Memorandum on the prevention of leprosy by segregation of the affected
Disease focus: Leprosy
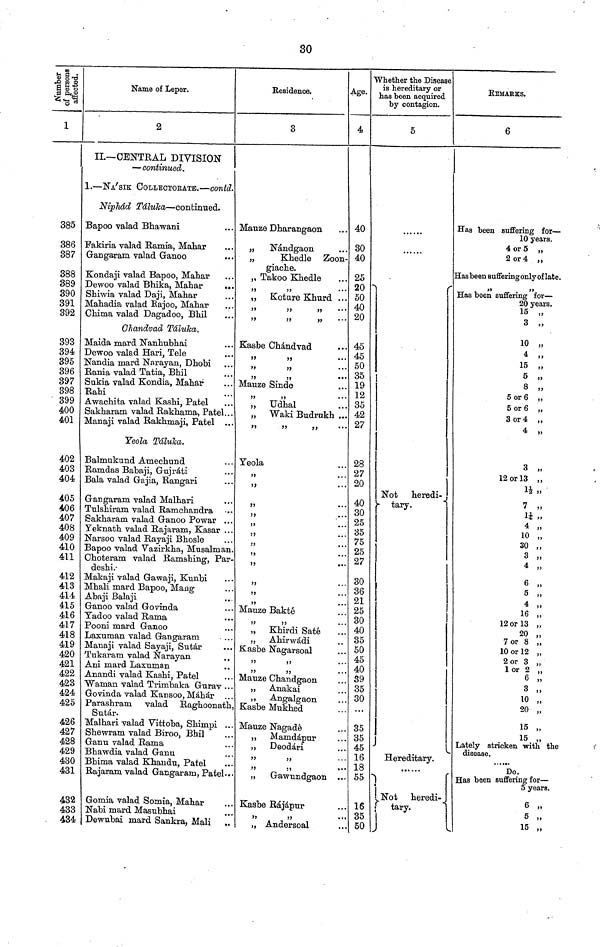
30
385
386
387
388
389
390
391
392
393
394
395
396
397
398
399
400
401
402
403
404
405
406
407
408
409
410
411
412
413
414
415
416
417
418
419
420
421
422
423
424
425
426
427
428
429
430
431
432
433
434
Name of Leper.
2
II.— CENTRAL DIVISION
— continued.
1. — NA'SIK COLLECTOEATE. — contd.
Niphád Táluka — continued.
Bapoo valad Bhawani
Fakiria valad Ramia" Mahar
Gangaram valad Ganoo
Kondaji valad Bapoo" Mahar
Dewoo valad Bhika" Mahar
Shiwia valad Daji" Mahar
Mahadia valad Rajoo" Mahar
Chima valad Dagadoo" Bhil
Chandvad Táluka.
Maida mard Nanhabhai
Dewoo valad Hari" Tele
Nandia mard Narayan" Dhobi
Rania valad Tatia" Bhil
Sukia valad Kondia" Mahar
Rahi
Awachita valad Kashi" Patel
Sakharam valad Rakhama" Patel...
Manaji valad Rakhmaji" Patel . . .
Yeola Táluka.
Balmukund Amechund
Ramdas Babaji" Gujráti
Bala valad Gajia" Rangari
Gangaram valad Malhari
Tulshirarmvalad Ramchandra
Sakharam valad Ganoo Powar ..
Yeknath valad Rajaram" Kasar ..
Narsoo valad Rayaji Bhosle
Bapoo valad Vazirkha" Musalman
Choteram valad Ramshing" Par
deshi.-
Makaji valad Gawaji" Knnbi
Mhali mard Bapoo" Maug
Abaji Balaji
Ganoo valad Govinda
Yadoo valad Rama
Pooni mard Ganoo
Laxuman valad Gangaram
Manaji valad Sayaji" Sntár
Tukaram valad Narayan
Ani mard Laxuman
Anandi valad Kashi" Patel
Waman valad Trimbaka Gurav .
Govinda valad Kansoo" Máhár
Parashram valad Raghoonat"
Sutár.
Malhari valad Vittoba" Shimpi .
Shewram valad Biroo" Bhil
Ganu valad Rama
Bhawdia valad Ganu
Bhima valad Khandn" Patel
Rajaram valad Gangaram" Patel.
Gomia valad Somia" Mahar
Nabi mard Masubhai
Dewubai mard Sankra" Mali .
Residence.
3
Mauze Dharangaon
„
Nándgaon
„
Khedle Zoon-
giache.
„ Takoo Khedle
"" Koture Khurd ...
"
"
"
•••
'
"
"
Kasbe Chándvad
"
"
• • •
"
"
•••
"
"
•••
Mauze Sinde
"
"
• • •
„ Udhal
„ Waki Budrnkh ...
"
"
"
Yeola
"
"
"
"
"
"
"
..
"
"
Mauze Bakté
"
"
„ Khirdi Saté
"
Ahirwádi
Kasbe Nagarsoal
"
"
"
"
" " Mauze Chandgaon
"
Anakai
" Angalgaon
Kasbe Mukhed
Mauze Nagadé
" Mamdápur
" Deodári
"
"
" " " Gawnndgaon
Kasbe Rájápur
"
"
„ Andersoal
Age.
4
40
30
40
25
20
50
40
20
45
45
50
35
19
12
35
42
27
28
27
20
40
30
25
35
75
25
27
30
36
25
30
40
35
50
45
40
89
35
30
35
35
45
16
18
55
16
35
50
Whether the Disease
is hereditary or
has been acquired
by contagion.
5
Not heredi-
- tary.
Hereditary.
Not
heredi-
tary.
REMARKS.
6
Has been suffering for —
10 years.
4 or 5 "
2 or 4 "
Has been suffering only of late.
"
"
Has been suffering for —
20 years.
15 „
3 „
10 „
4 "
15 „
5 „
8 „
5 or 6 "
5 or 6 „
3 or 4 "
4 „
3 „
12 or 13 " "
1½ ."
7 „
1¼ „
4 „
10 „
30 „
3 „
4 „
6 „
5 „
16 „
12 or 13 „
20 „
7 or 8 „
10 or 12 „
2 or 3 „
1 or 2 „
6 „
3 „
10 „
20 „
15 „
15 „
Lately stricken with the
disease.
Do.
Has been suffering for —
5 years.
6 „
5 „
15 „